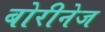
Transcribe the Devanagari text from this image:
बोरीनेज